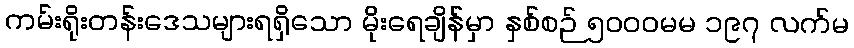
ကမ်းရိုးတန်းဒေသများရရှိသော မိုးရေချိန်မှာ နှစ်စဉ် ၅၀၀၀မမ ၁၉၇ လက်မ